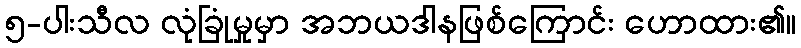
၅-ပါးသီလ လုံခြုံမှုမှာ အဘယဒါနဖြစ်ကြောင်း ဟောထား၏။